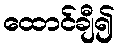
ထောင်ချီ၍